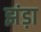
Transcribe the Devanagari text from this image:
झंड़ा